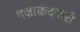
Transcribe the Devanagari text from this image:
दक्षाक्रंदकरी